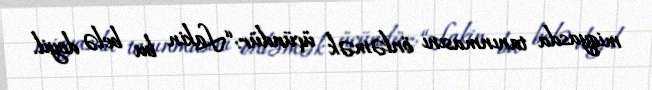
miqyasda tanınmasını önləmək üçündür: “Lakin bu belə deyil.